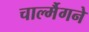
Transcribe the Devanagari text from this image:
चार्ल्मैगने